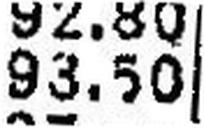
93.50